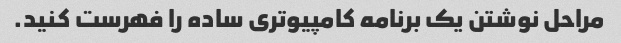
مراحل نوشتن یک برنامه کامپیوتری ساده را فهرست کنید.